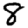
Digit: 8